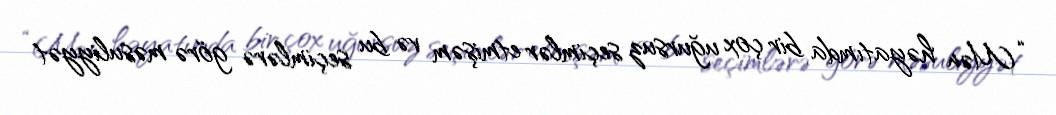
“Mən həyatımda bir çox uğursuz seçimlər etmişəm və bu seçimlərə görə məsuliyyət